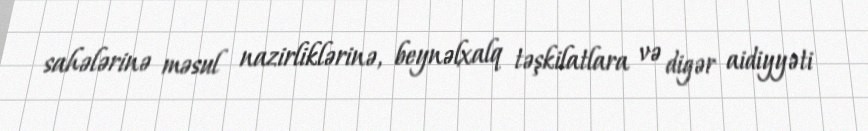
sahələrinə məsul nazirliklərinə, beynəlxalq təşkilatlara və digər aidiyyəti